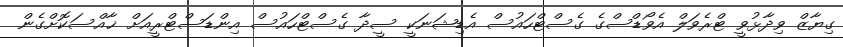
ގިޔާޒް ވިދާޅުވީ ޓްރެވަލް އެވޯޑްސްގެ ގެސްޓްހައުސް އެޑިޝަނަކީ ސީދާ ގެސްޓްހައުސް އިންޑަސްޓްރީއަށް ޚާއްސަކޮށްގެން